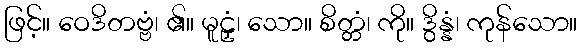
ဖြင့်။ ဝေဒိတဗ္ဗံ၊ ၏။ မူဠှံ၊ သော။ စိတ္တံ၊ ကို။ ဒွိန္နံ၊ ကုန်သော။